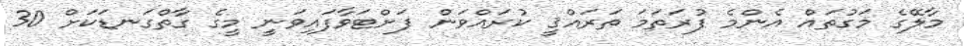
މާލޭގެ މަގުތައް އެންމެ ފުރަތަމަ ތަރައްޤީ ކުރައްވަން ފަށްޓަވާފައިވަނީ މީގެ ގާތްގަނޑަކަށް 30